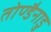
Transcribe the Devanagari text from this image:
तोण्डैनाडु